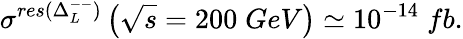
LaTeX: \sigma^{res(\Delta_{L}^{--})}\left(\sqrt{s}=200\; GeV\right)\simeq 10^{-14}\; fb.